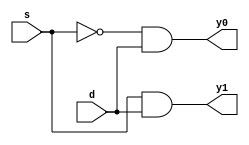
// Code for demux1by2
module demux1by2
  (input s,d,
   output y0,y1);
  wire sbar;
  not(sbar,s);
  and (y0,sbar,d),(y1,s,d);
endmodule